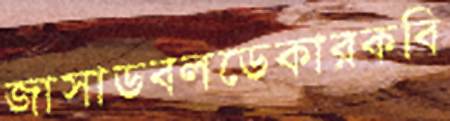
জাসাডবলডেকারকবি